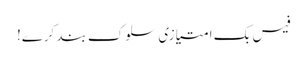
فیس بک امتیازی سلوک بند کرے!